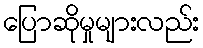
ပြောဆိုမှုများလည်း